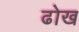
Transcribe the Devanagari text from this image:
ढोख